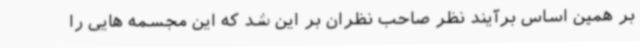
بر همین اساس برآیند نظر صاحب نظران بر این شد که این مجسمه هایی را